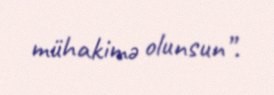
mühakimə olunsun”.